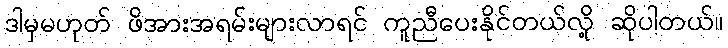
ဒါမှမဟုတ် ဖိအားအရမ်းများလာရင် ကူညီပေးနိုင်တယ်လို့ ဆိုပါတယ်။